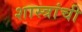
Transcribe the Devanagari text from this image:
शास्त्रांची